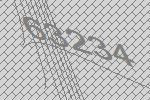
63234